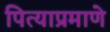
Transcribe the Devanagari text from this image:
पित्याप्रमाणे